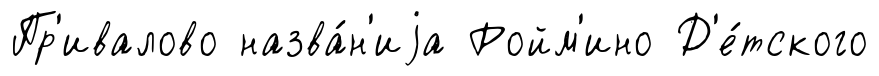
Пр'ивалово назва́н'иjа Ройм'ино Д'е́тского